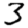
Digit: 3